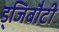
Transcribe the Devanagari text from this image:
ड्जिबौटी